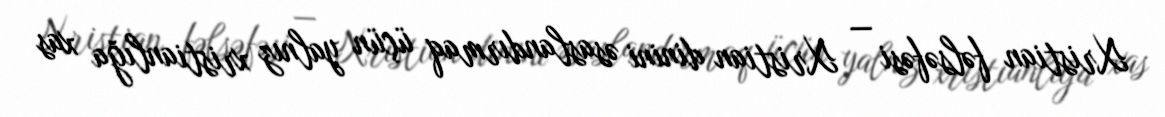
Xristian fəlsəfəsi — Xristian dinini əsaslandırmaq üçün yalnız xristianlığa xas